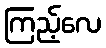
ကြည့်လေ